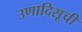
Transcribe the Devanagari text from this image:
उणादिसूची